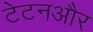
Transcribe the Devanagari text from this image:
टेटनऔर